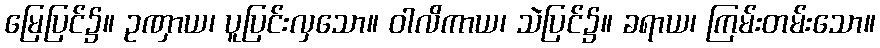
မြေပြင်၌။ ဥဏှာယ၊ ပူပြင်းလှသော။ ဝါလိကာယ၊ သဲပြင်၌။ ခရာယ၊ ကြမ်းတမ်းသော။